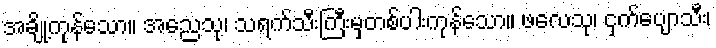
အချို့ကုန်သော။ အညေသု၊ သရက်သီးကြီးမှတစ်ပါးကုန်သော။ ဖလေသု၊ ငှက်ပျောသီး၊